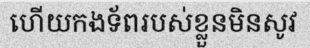
ហើយកងទ័ពរបស់ខ្លួនមិនសូវ